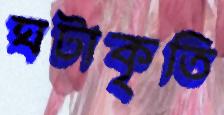
ঘটাকৃতি